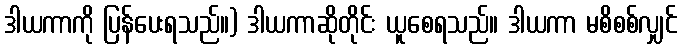
ဒါယကာကို ပြန်ပေးရသည်။) ဒါယကာဆိုတိုင်း ယူစေရသည်။ ဒါယကာ မစိစစ်လျှင်